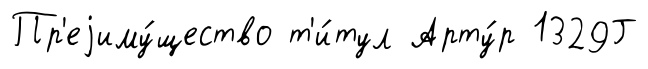
Пр'еjиму́щество т'и́тул Арту́р 1329Г